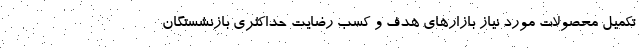
تکمیل محصولات مورد نیاز بازارهای هدف و کسب رضایت حداکثری بازنشستگان